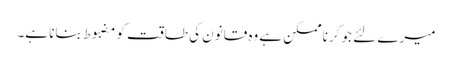
میرے لئے جو کرنا ممکن ہے وه قانون کی طاقت کو مضبوط بنانا ہے۔